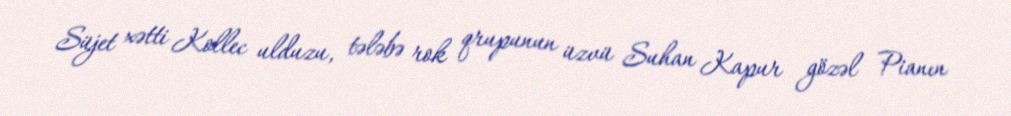
Süjet xətti Kollec ulduzu, tələbə rok qrupunun üzvü Suhan Kapur gözəl Pianın